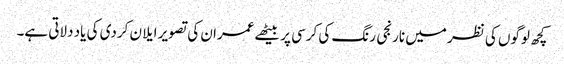
کچھ لوگوں کی نظر میں نارنجی رنگ کی کرسی پر بیٹھے عمران کی تصویر ایلان کردی کی یاد دلاتی ہے۔